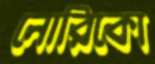
নোরিকো